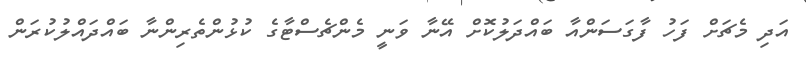
އަދި މެޗަށް ފަހު ފާގަސަންއާ ބައްދަލުކޮށް އޭނާ ވަނީ މެންޗެސްޓާގެ ކުޅުންތެރިންނާ ބައްދައްލުކުރަން